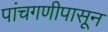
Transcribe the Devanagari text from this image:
पांचगणीपासून